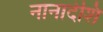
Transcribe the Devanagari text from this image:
नानादेशि